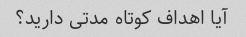
آیا اهداف کوتاه مدتی دارید؟